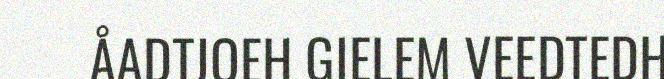
ÅADTJOEH GIELEM VEEDTEDH